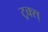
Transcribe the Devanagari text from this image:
ट्रक्स्